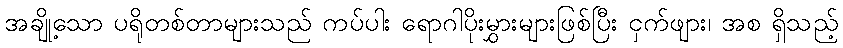
အချို့သော ပရိုတစ်တာများသည် ကပ်ပါး ရောဂါပိုးမွှားများဖြစ်ပြီး ငှက်ဖျား၊ အစ ရှိသည့်